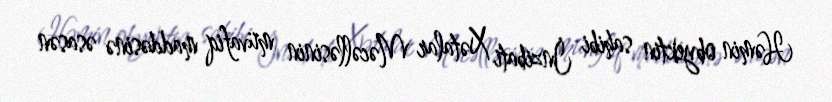
Həmin obyektin sahibi İnzibati Xətalar Məcəlləsinin müvafiq maddəsinə əsasən